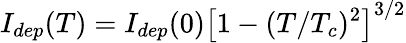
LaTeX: I_{dep}(T)=I_{dep}(0)\left[1-(T/T_{c})^{2}\right]^{3/2}